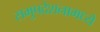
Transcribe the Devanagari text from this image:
समुपदेशनामध्ये